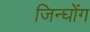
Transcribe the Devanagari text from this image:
जिन्घोंग